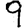
Digit: 9